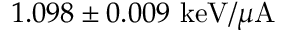
1 . 0 9 8 \pm 0 . 0 0 9 \ \mathrm { k e V } / \mu \mathrm { A }